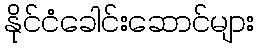
နိုင်ငံခေါင်းဆောင်များ